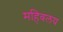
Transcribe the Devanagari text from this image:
महिवलय